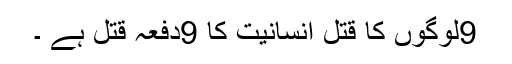
9لوگوں کا قتل انسانیت کا 9دفعہ قتل ہے ۔